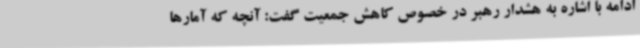
ادامه با اشاره به هشدار رهبر در خصوص کاهش جمعیت گفت: آنچه که آمارها